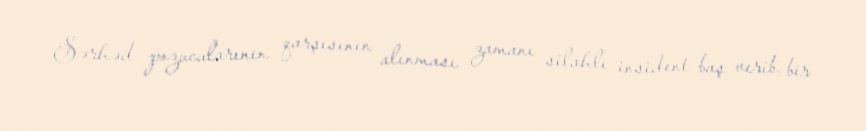
Sərhəd pozucularının qarşısının alınması zamanı silahlı insident baş verib, bir